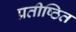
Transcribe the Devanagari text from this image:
प्रतीष्ठित